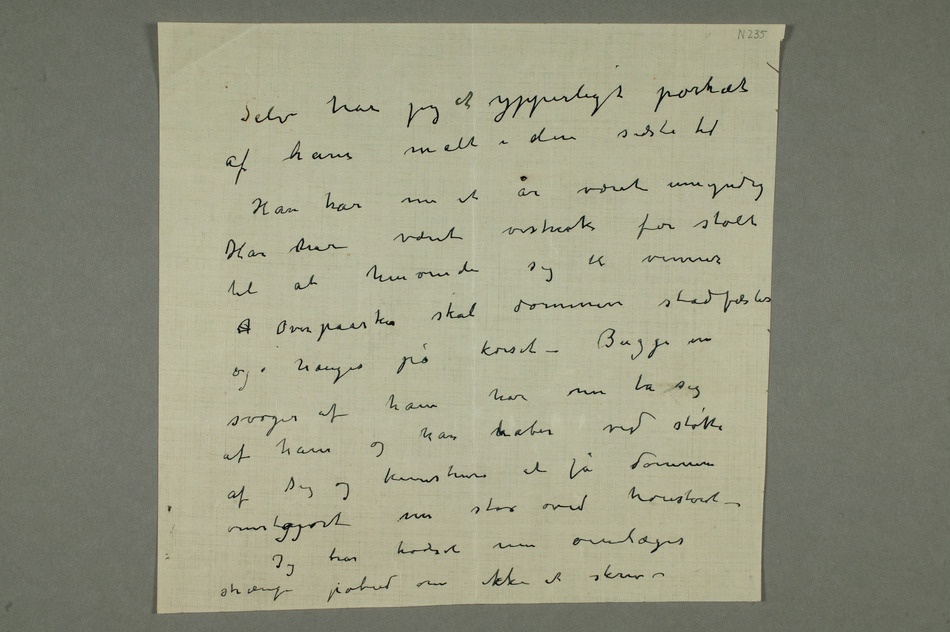
et ypperligt portræt
den sidste tid
år været umyndig
vistnok for stolt
til at henvende sig
til venner Over paaske skal dommen stadfæstes
korset – Bugge en
af Dig og kunstnere at få dommen
strax ved høiesteret –
Jeg har trodset min øienlæges
strænge påbud om ikke at skrive –